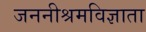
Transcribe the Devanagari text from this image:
जननीश्रमविज्ञाता